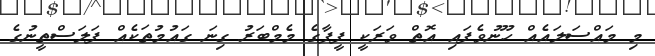
މި މައްސަލައެއް ހޫނުވެފައި އޮތް ވަރަކީ ފީފާގެ މެމްބަރު ގިނަ ގައުމުތަކެއް ފަލަސްތީނުގެ